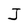
Character: J